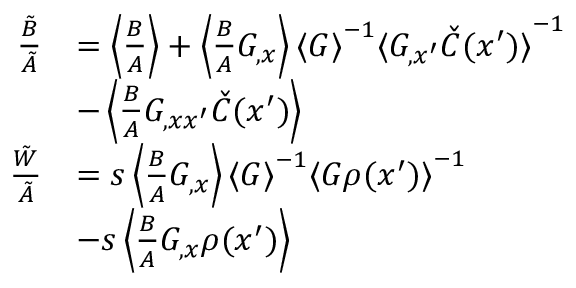
\begin{array} { r l } { \frac { \tilde { B } } { \tilde { A } } } & { = \left\langle { \frac { B } { A } } \right\rangle + \left\langle { \frac { B } { A } G _ { , x } } \right\rangle { \langle G \rangle } ^ { - 1 } { \langle G _ { , x ^ { \prime } } \check { C } ( x ^ { \prime } ) \rangle } ^ { - 1 } } \\ & { - \left\langle { \frac { B } { A } G _ { , x x ^ { \prime } } \check { C } ( x ^ { \prime } ) } \right\rangle } \\ { \frac { \tilde { W } } { \tilde { A } } } & { = s \left\langle { \frac { B } { A } G _ { , x } } \right\rangle { \langle G \rangle } ^ { - 1 } { \langle G \rho ( x ^ { \prime } ) \rangle } ^ { - 1 } } \\ & { - s \left\langle { \frac { B } { A } G _ { , x } \rho ( x ^ { \prime } ) } \right\rangle } \end{array}